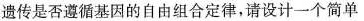
遗传是否遵循基因的自由组合定律，请设计一个简单